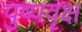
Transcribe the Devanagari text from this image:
पुष्पवृक्ष